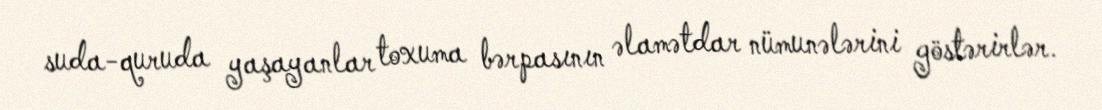
suda-quruda yaşayanlar toxuma bərpasının əlamətdar nümunələrini göstərirlər.